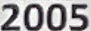
2005